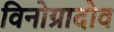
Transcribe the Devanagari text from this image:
विनोग्रादोव